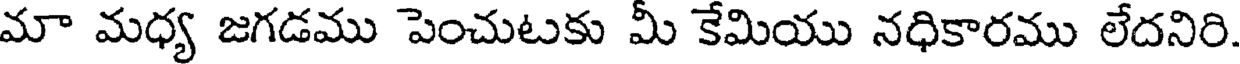
మా మధ్య జగడము పెంచుటకు మీ కేమియు నధికారము లేదనిరి